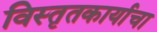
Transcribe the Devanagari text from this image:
विस्तृतकार्याचा